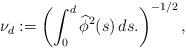
LaTeX: \begin{align*}\nu_d:= \left ( \int_0^d \widehat{\phi}^2(s)\, ds. \right )^{-1/2},\end{align*}